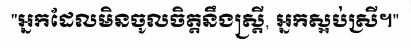
"អ្នកដែលមិនចូលចិត្តនឹងស្ត្រី, អ្នកស្អប់ស្រី។"